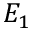
E _ { 1 }